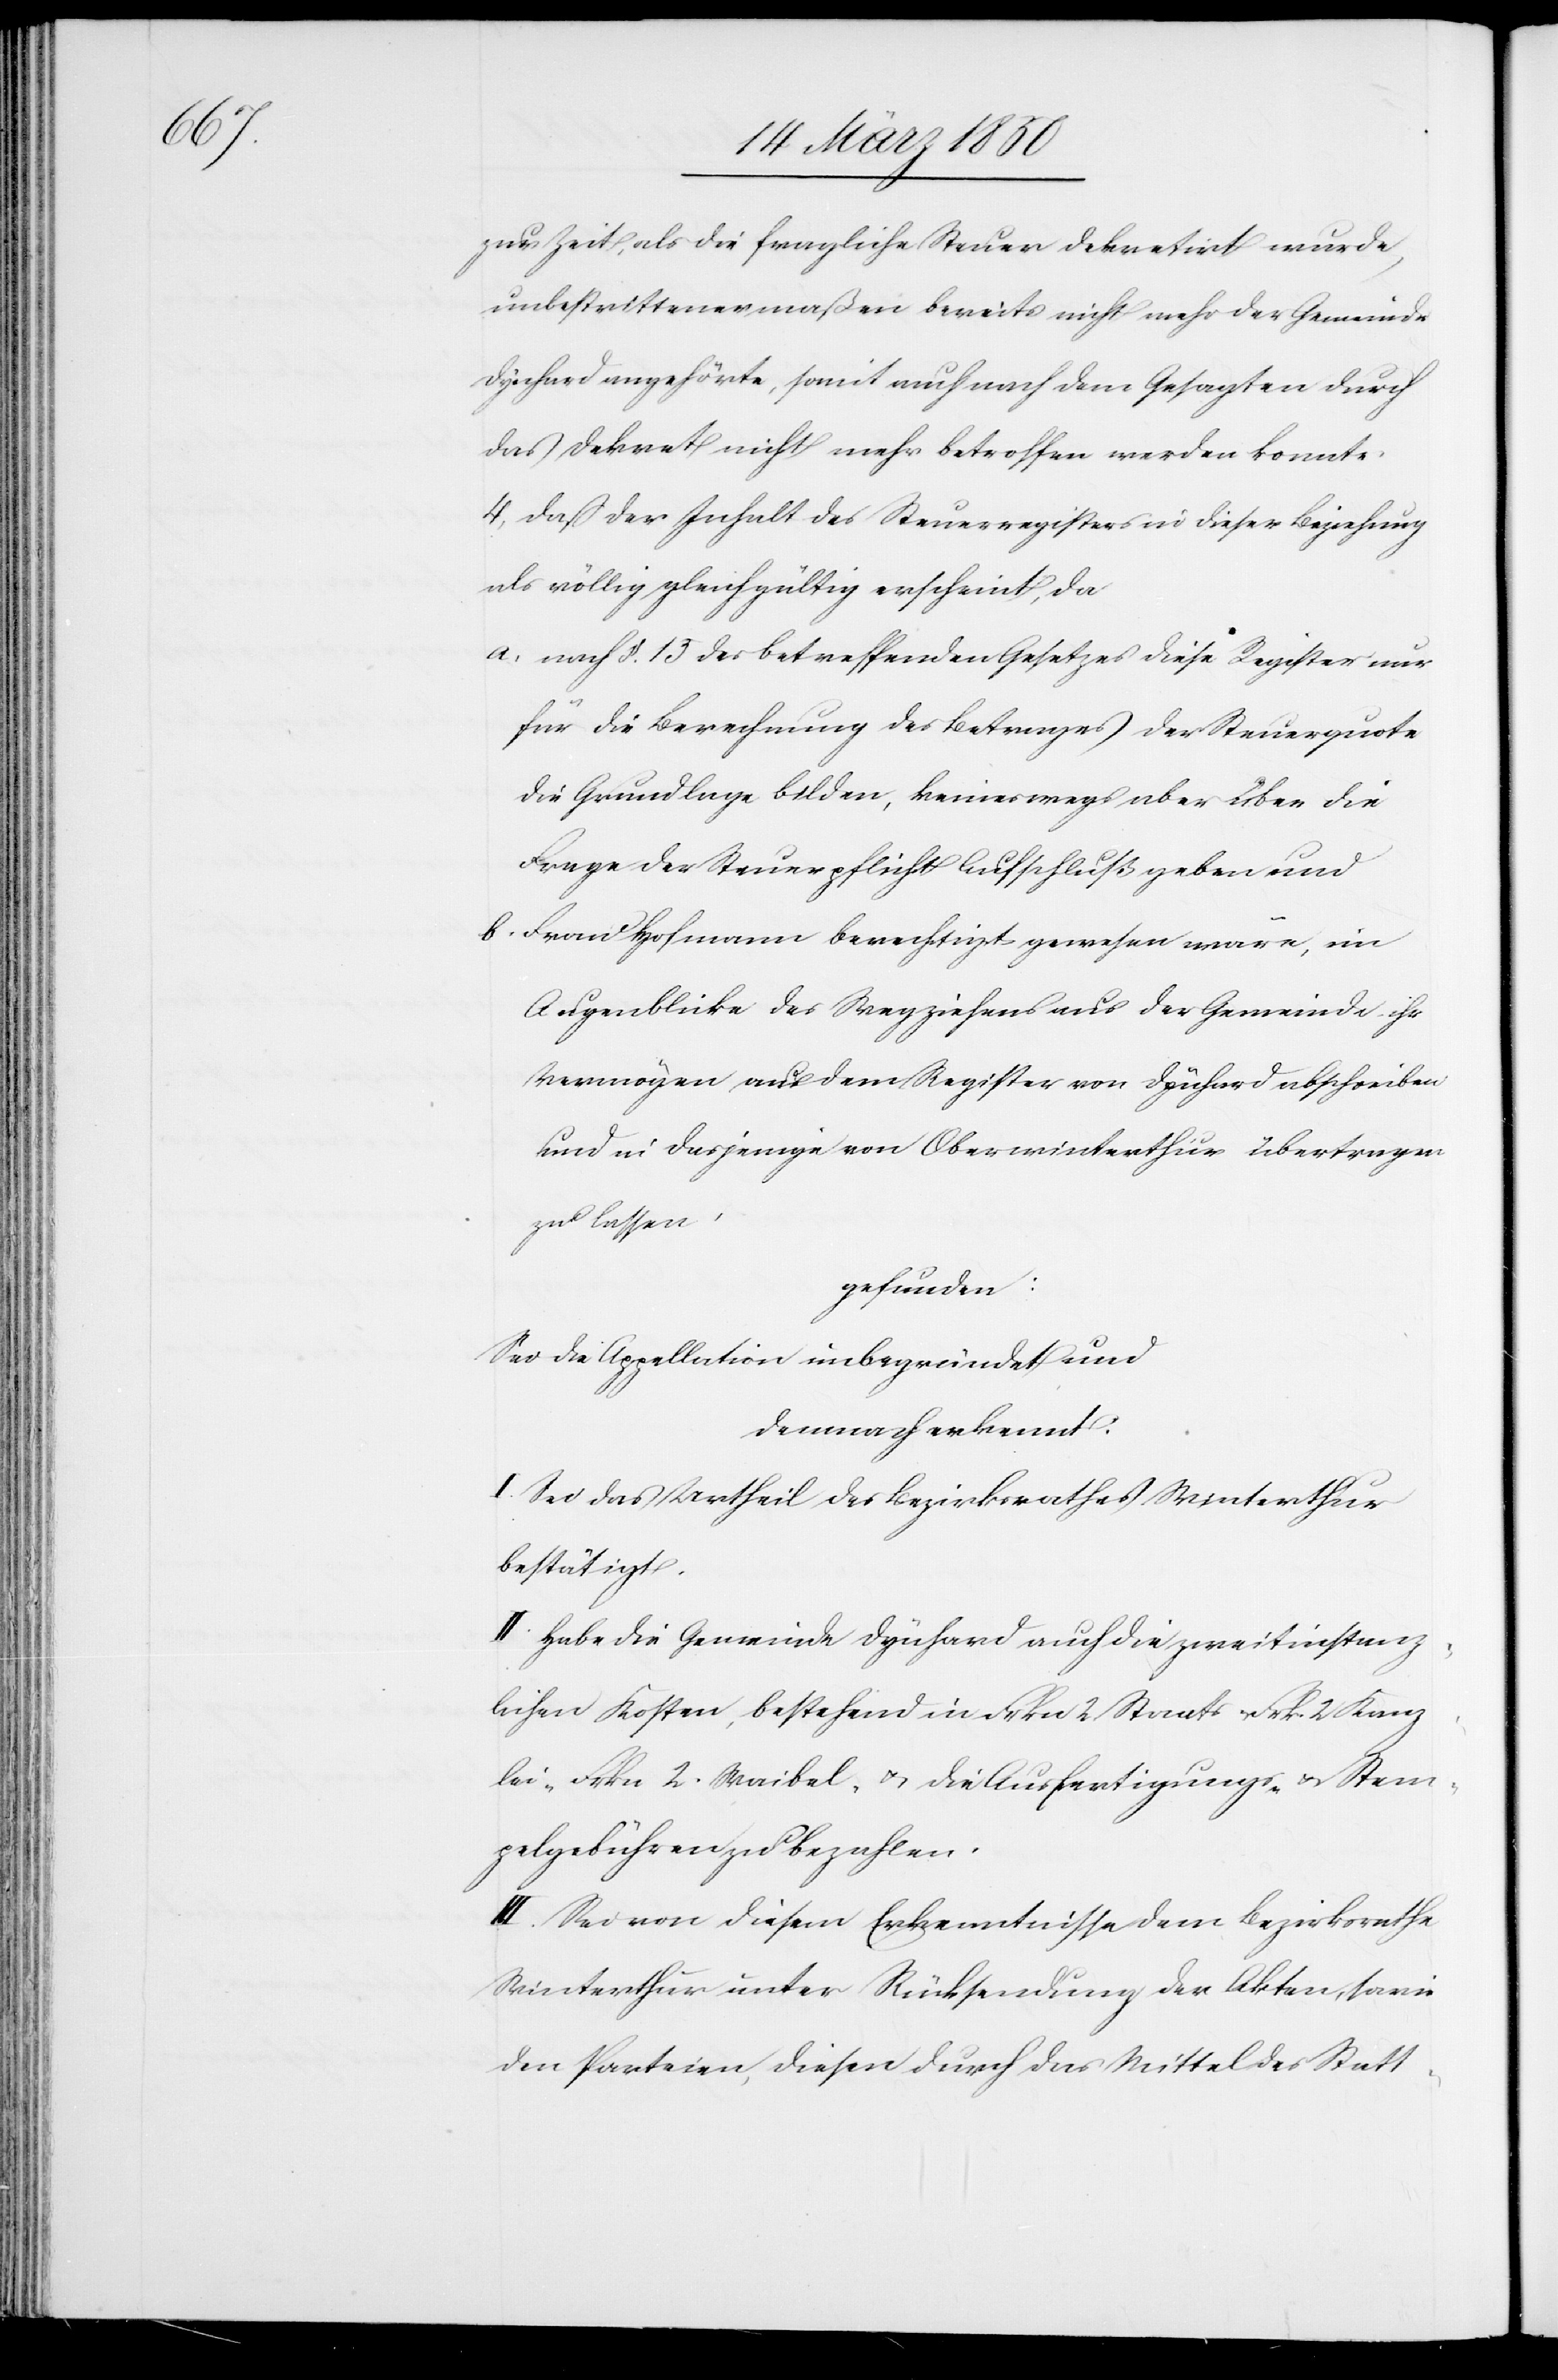
zur Zeit, als die fragliche Steuer dekretirt wurde,
unbestrittenermaßen bereits nicht mehr der Gemeinde
Dynhard angehörte, somit auch nach dem Gesagten durch
das Dekret nicht mehr betroffen werden konnte.
4, Daß der Inhalt des Steuerregisters in dieser Beziehung
als völlig gleichgültig erscheint, da
a. nach §. 15 des betreffenden Gesetzes diese Register nur
für die Berechnung des Betrages der Steuerquote
die Grundlage bilden, keineswegs aber über die
Frage der Steuerpflicht Aufschluß geben und
b. Frau Hofmann berechtigt gewesen wäre, im
Augenblicke des Wegziehens aus der Gemeinde ihr
Vermögen aus dem Register von Dynhard abschreiben
und in dasjenige von Oberwinterthur übertragen
zu lassen,
gefunden:
Sei die Appellation unbegründet und
demnach erkennt:
I. Sei das Urtheil des Bezirksrathes Winterthur
bestätigt.
II. Habe die Gemeinde Dynhard auch die zweitinstanz¬
lichen Kosten, bestehend in Frkn 2 Staats-[,] Frk. 2 Kanz¬
lei-[,] Frkn 2. Waibel- u. die Ausfertigungs- u. Stem¬
pelgebühren zu bezahlen.
III. Sei von diesem Erkenntnisse dem Bezirksrathe
Winterthur unter Rücksendung der Akten, sowie
den Parteien, diesen durch das Mittel des Statt-